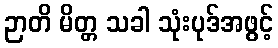
ဉာတိ မိတ္တ သခါ သုံးပုဒ်အဖွင့်